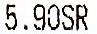
5.90SR